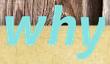
why